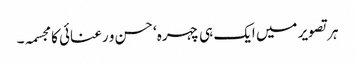
ہر تصویر میں ایک ہی چہرہ‘ حسن و رعنائی کا مجسمہ۔